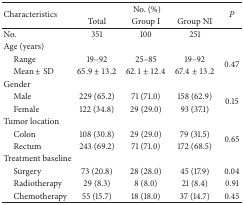
| <ROWSPAN=2> Characteristics | <COLSPAN=3> No. (%) | <ROWSPAN=2> P |
 | Total | Group I | Group NI |
 | --- | --- | --- | --- | --- |
 | No. | 351 | 100 | 251 |  |
 | Age (years) |  |  |  |  |
 | Range | 19–92 | 25–85 | 19–92 | <ROWSPAN=2> 0.47 |
 | Mean ± SD | 65.9 ± 13.2 | 62.1 ± 12.4 | 67.4 ± 13.2 |
 | Gender |  |  |  |  |
 | Male | 229 (65.2) | 71 (71.0) | 158 (62.9) | <ROWSPAN=2> 0.15 |
 | Female | 122 (34.8) | 29 (29.0) | 93 (37.1) |
 | Tumor location |  |  |  |  |
 | Colon | 108 (30.8) | 29 (29.0) | 79 (31.5) | <ROWSPAN=2> 0.65 |
 | Rectum | 243 (69.2) | 71 (71.0) | 172 (68.5) |
 | Treatment baseline |  |  |  |  |
 | Surgery | 73 (20.8) | 28 (28.0) | 45 (17.9) | 0.04 |
 | Radiotherapy | 29 (8.3) | 8 (8.0) | 21 (8.4) | 0.91 |
 | Chemotherapy | 55 (15.7) | 18 (18.0) | 37 (14.7) | 0.45 |